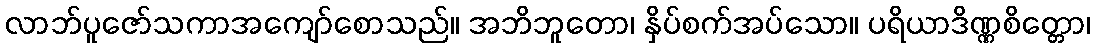
လာဘ်ပူဇော်သကာအကျော်စောသည်။ အဘိဘူတော၊ နှိပ်စက်အပ်သော။ ပရိယာဒိဏ္ဏစိတ္တော၊